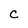
Character: C